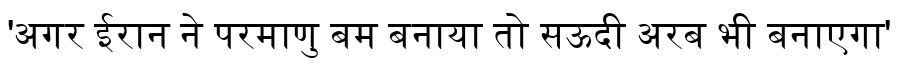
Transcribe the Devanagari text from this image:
'अगर ईरान ने परमाणु बम बनाया तो सऊदी अरब भी बनाएगा'